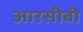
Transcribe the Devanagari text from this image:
आरसीबी